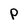
Character: P